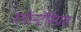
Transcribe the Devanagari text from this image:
स्पॉन्टेनियस